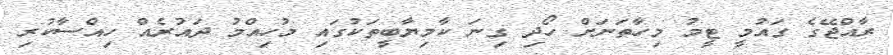
ރާއްޖޭގެ ގައުމީ ޓީމު މިހާތަނަށް ހޯދި ގިނަ ކާމިޔާބީތަކުގައި މުހިއްމު ދައުރެއް ހިއްސާކުރި